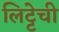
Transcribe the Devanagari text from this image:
लिट्टेची